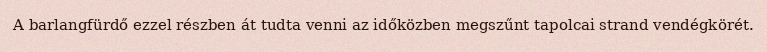
A barlangfürdő ezzel részben át tudta venni az időközben megszűnt tapolcai strand vendégkörét.